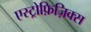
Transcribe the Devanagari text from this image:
एस्ट्रोफ़िज़िक्स